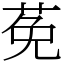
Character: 莬